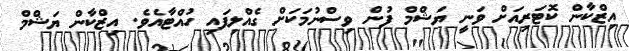
އިޒްކާން ކޮޓަރިއަށް ވަނީ ޔަޝްމް ފުން ވިސްނުމަކަށް ގެއްލިފައި ހުއްޓާއެވެ. އިޒްކާން ޔަޝްމް